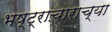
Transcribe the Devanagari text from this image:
भष्ट्राचाराच्या